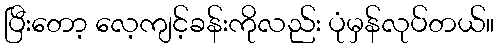
ပြီးတော့ လေ့ကျင့်ခန်းကိုလည်း ပုံမှန်လုပ်တယ်။